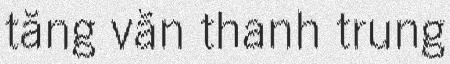
tăng văn thanh trung